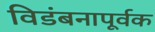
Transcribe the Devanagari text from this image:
विडंबनापूर्वक